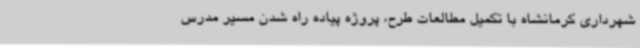
شهرداری کرمانشاه با تکمیل مطالعات طرح، پروژه پیاده راه شدن مسیر مدرس